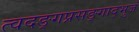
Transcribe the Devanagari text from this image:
त्वदङ्गप्रसङ्गाद्भुजं